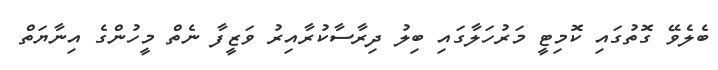
ބެލެވޭ ގޮތުގައި ކޮމިޓީ މަރުހަލާގައި ބިލު ދިރާސާކުރާއިރު ވަޒީފާ ނެތް މީހުންގެ އިނާޔަތް